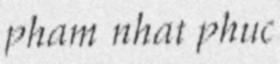
pham nhat phuc